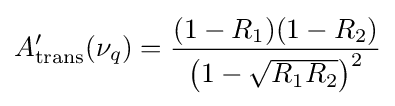
A_{\text{trans}}^{\prime }(\nu _{q})={\frac {(1-R_{1})(1-R_{2})}{\left({1-{\sqrt {R_{1}R_{2}}}}\right)^{2}}}